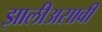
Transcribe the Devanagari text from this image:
झालीअसावी